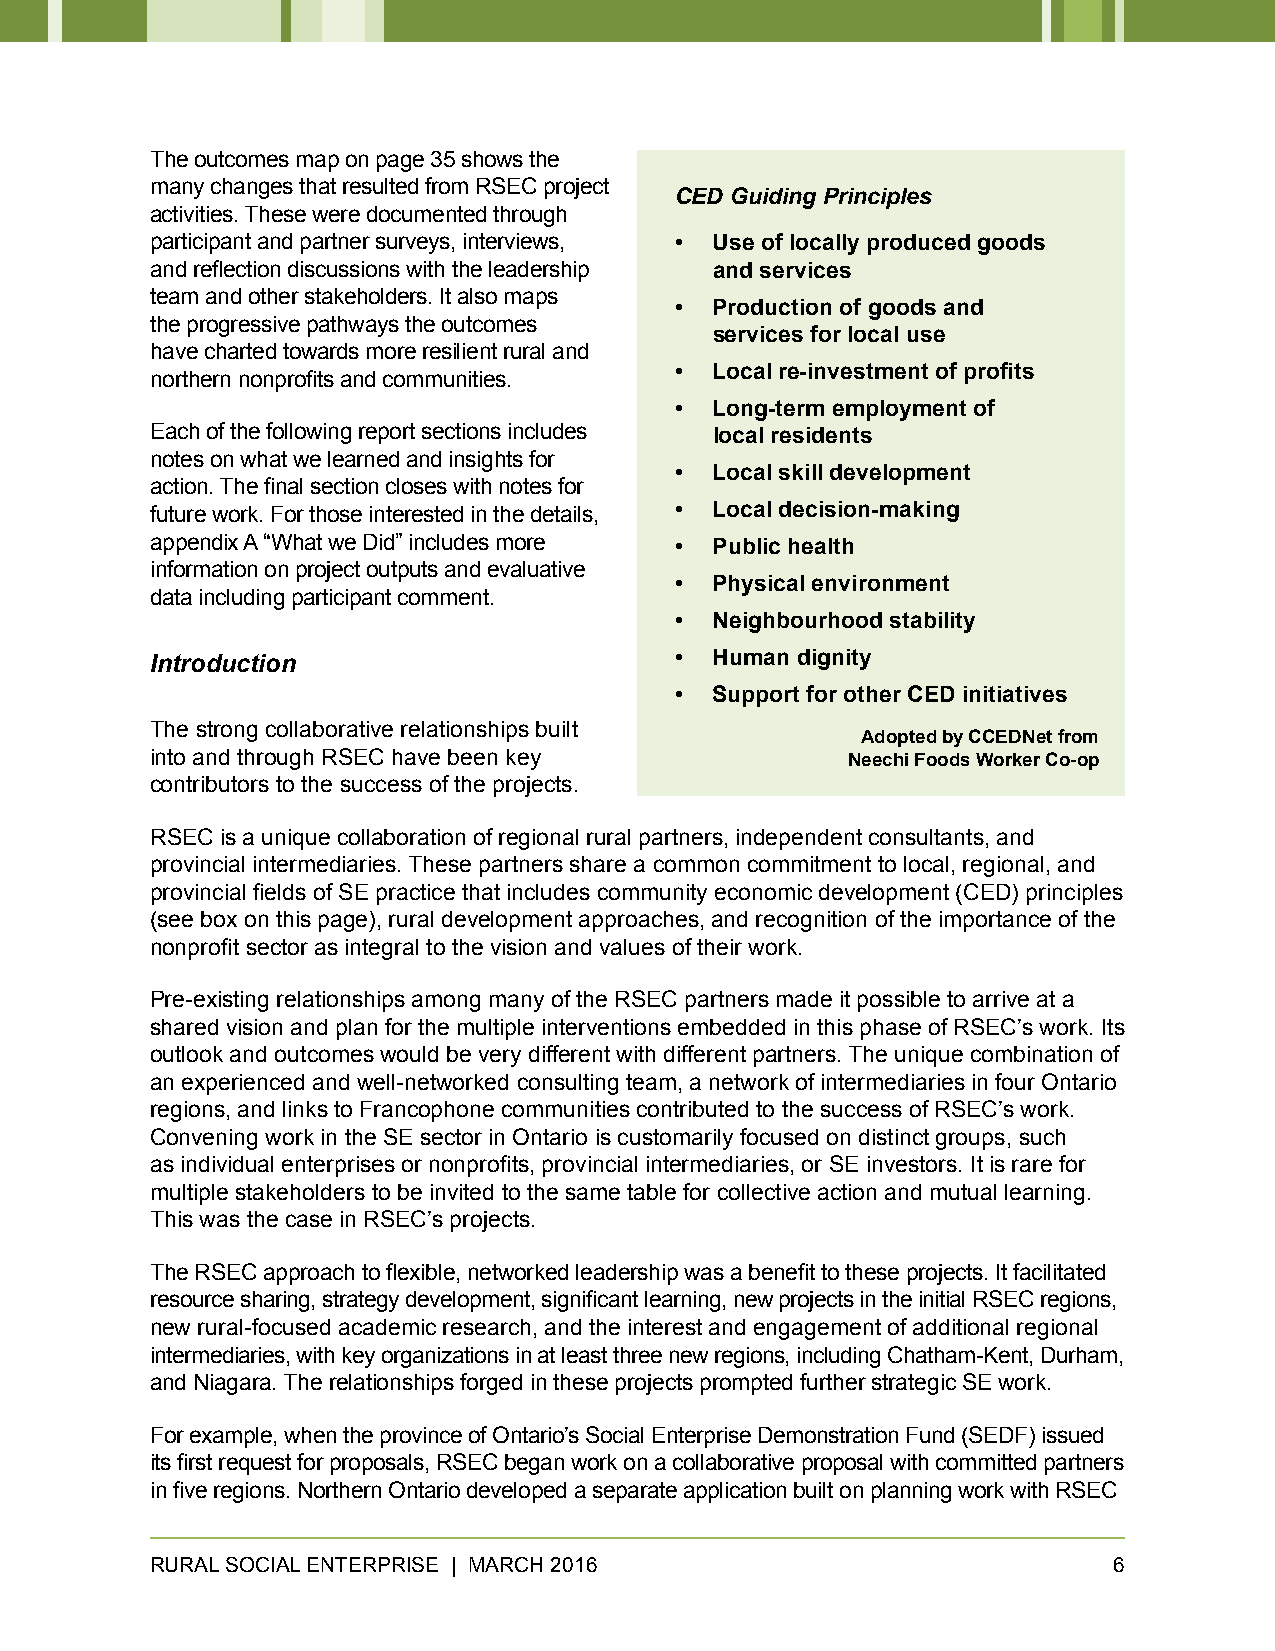
The outcomes map on page 35 shows the
 many changes that resulted from RSEC project
 CED Guiding Principles
 activities. These were documented through
 participant and partner surveys, interviews, • Use of locally produced goods
 and reflection discussions with the leadership and services
 team and other stakeholders. It also maps
 • Production of goods and
 the progressive pathways the outcomes
 services for local use
 have charted towards more resilient rural and
 • Local re-investment of profits
 northern nonprofits and communities.
 • Long-term employment of
 Each of the following report sections includes local residents
 notes on what we learned and insights for
 • Local skill development
 action. The final section closes with notes for
 future work. For those interested in the details, • Local decision-making
 appendix A “What we Did” includes more • Public health
 information on project outputs and evaluative
 • Physical environment
 data including participant comment.
 • Neighbourhood stability
 Introduction                       • Human dignity
 • Support for other CED initiatives
 The strong collaborative relationships built
 Adopted by CCEDNet from
 into and through RSEC have been key           Neechi Foods Worker Co-op
 contributors to the success of the projects.
 RSEC is a unique collaboration of regional rural partners, independent consultants, and
 provincial intermediaries. These partners share a common commitment to local, regional, and
 provincial fields of SE practice that includes community economic development (CED) principles
 (see box on this page), rural development approaches, and recognition of the importance of the
 nonprofit sector as integral to the vision and values of their work.
 Pre-existing relationships among many of the RSEC partners made it possible to arrive at a
 shared vision and plan for the multiple interventions embedded in this phase of RSEC’s work. Its
 outlook and outcomes would be very different with different partners. The unique combination of
 an experienced and well-networked consulting team, a network of intermediaries in four Ontario
 regions, and links to Francophone communities contributed to the success of RSEC’s work.
 Convening work in the SE sector in Ontario is customarily focused on distinct groups, such
 as individual enterprises or nonprofits, provincial intermediaries, or SE investors. It is rare for
 multiple stakeholders to be invited to the same table for collective action and mutual learning.
 This was the case in RSEC’s projects.
 The RSEC approach to flexible, networked leadership was a benefit to these projects. It facilitated
 resource sharing, strategy development, significant learning, new projects in the initial RSEC regions,
 new rural-focused academic research, and the interest and engagement of additional regional
 intermediaries, with key organizations in at least three new regions, including Chatham-Kent, Durham,
 and Niagara. The relationships forged in these projects prompted further strategic SE work.
 For example, when the province of Ontario’s Social Enterprise Demonstration Fund (SEDF) issued
 its first request for proposals, RSEC began work on a collaborative proposal with committed partners
 in five regions. Northern Ontario developed a separate application built on planning work with RSEC
 RURAL SOCIAL ENTERPRISE | MARCH 2016                            6